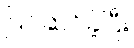
ပြင်ဆင်ခဲ့ပြီး